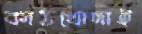
কাঠখোদাই